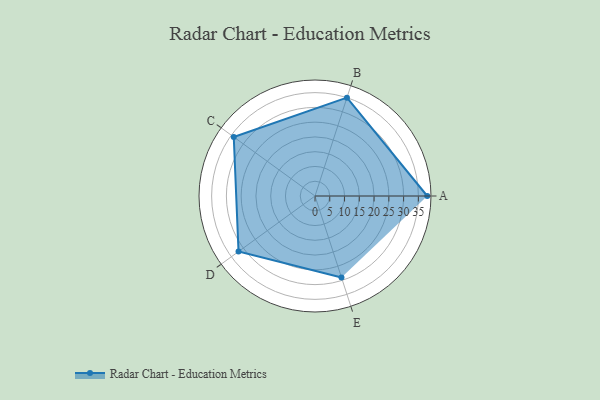
{"axis": {"x": "Skill", "y": "Score"}, "legend": ["Profile"], "data": [{"x": "A", "y": 38.0, "type": "Profile"}, {"x": "B", "y": 35.0, "type": "Profile"}, {"x": "C", "y": 34.0, "type": "Profile"}, {"x": "D", "y": 32.0, "type": "Profile"}, {"x": "E", "y": 29.0, "type": "Profile"}]}